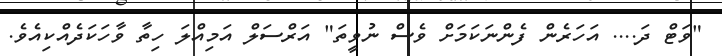
"ވަޓް ދަ.... އަހަރެން ފެންނަކަމަށް ވެސް ނުވީތަ" އަރްސަލް އަމިއްލަ ހިތާ ވާހަކަދެއްކިއެވެ.